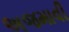
અજમાવી